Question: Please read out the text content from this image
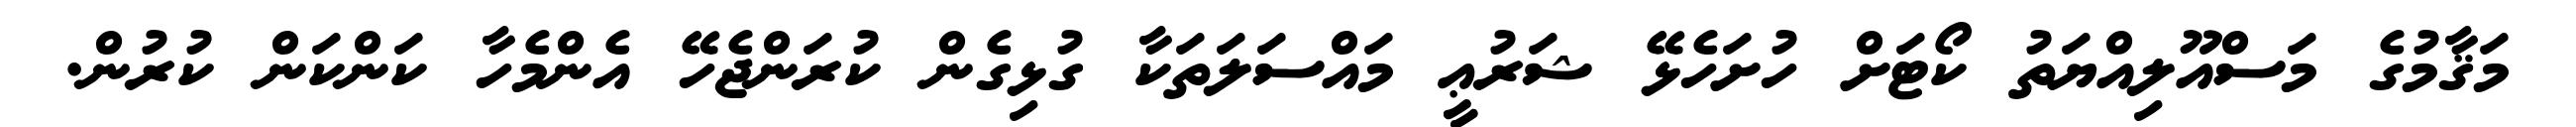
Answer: މަޤާމުގެ މަސްއޫލިއްޔަތު ކޯޓަށް ހުށަހެޅޭ ޝަރުޢީ މައްސަލަތަކާ ގުޅިގެން ކުރަންޖެހޭ އެންމެހާ ކަންކަން ކުރުން.